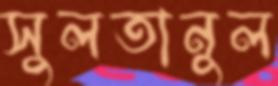
সুলতানুল